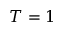
T = 1